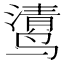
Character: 𲎄